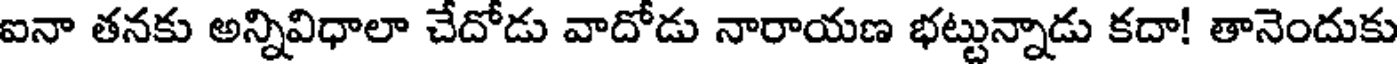
ఐనా తనకు అన్నివిధాలా చేదోడు వాదోడు నారాయణ భట్టున్నాడు కదా! తానెందుకు